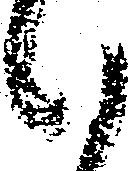
候